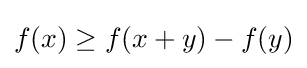
f(x)\geq f(x+y)-f(y)